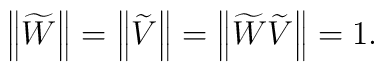
\left\| \widetilde{W}\right\| =\left\| \widetilde{V}\right\| =\left\| \widetilde{W}\widetilde{V}\right\| =1.